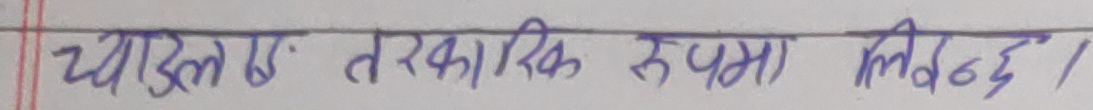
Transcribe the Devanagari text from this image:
च्याउले तरकारिक रूपमा लिइन्छ।